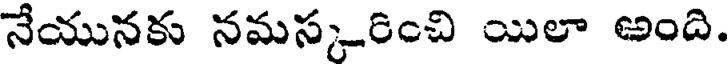
నేయునకు నమస్కరించి యిలా అంది.